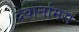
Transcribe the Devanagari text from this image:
देवार्नामस